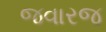
જવારજ